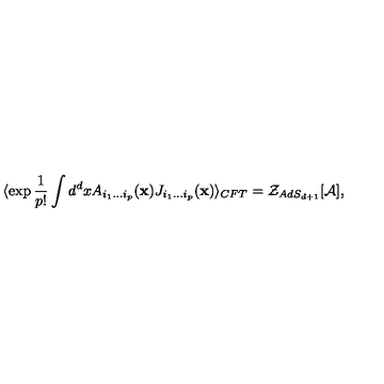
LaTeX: \langle \exp { \frac { 1 } { p ! } } \int d ^ { d } x A _ { i _ { 1 } \ldots i _ { p } } ( { \bf x } ) J _ { i _ { 1 } \ldots i _ { p } } ( { \bf x } ) \rangle _ { C F T } = { \cal Z } _ { A d S _ { d + 1 } } [ { \cal A } ] ,